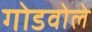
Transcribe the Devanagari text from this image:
गोडवोले